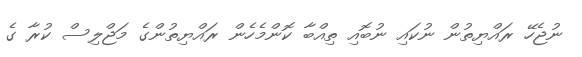
ނުޖެހޭ ރައްޔިތުން ނުކައި ނުބޮއި ތިއްބާ ކޮންމެހެން ރައްޔިތުންގެ މަޖްލިސް ކުރާ ގެ